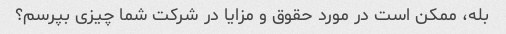
بله، ممکن است در مورد حقوق و مزایا در شرکت شما چیزی بپرسم؟